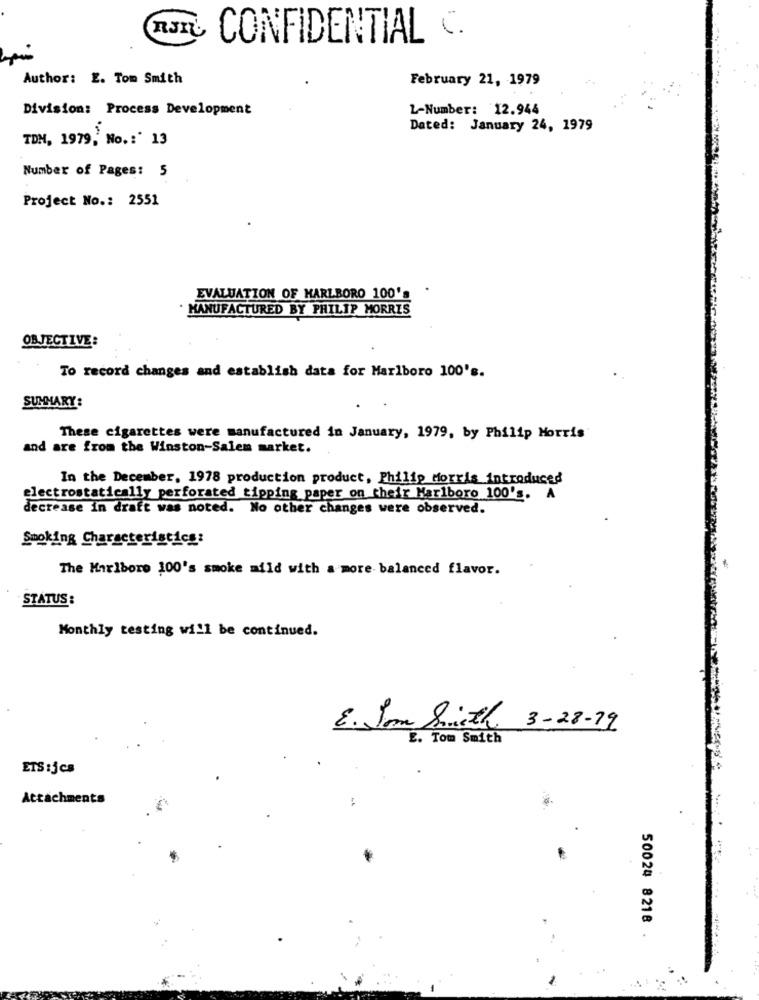
CONFIDENTIAL C.
Author: E. Tom Smith
February 21, 1979
Division: Process Development
L-Number: 12.944
Dated: January 24, 1979
TDM, 1979, No .: ' 13
Number of Pages: 5
Project No .: 2551
EVALUATION OF MARLBORO 100's .
· MANUFACTURED BY PHILIP MORRIS
OBJECTIVE:
To record changes and establish data for Marlboro 100's.
SUMMARY :
These cigarettes were manufactured in January, 1979, by Philip Morris
and are from the Winston-Salem market.
In the December, 1978 production product, Philip Morris introduced
electrostatically perforated tipping paper on their Marlboro 100's. A
decrease in draft was noted. No other changes were observed.
Smoking Characteristics:
The Marlboro 100's smoke mild with a more balanced flavor.
STATUS :
Monthly testing will be continued.
E. Son Sixth 3-28-19
E. Tom Smith
ETS :jes
Attachments
:
..
50024 8218